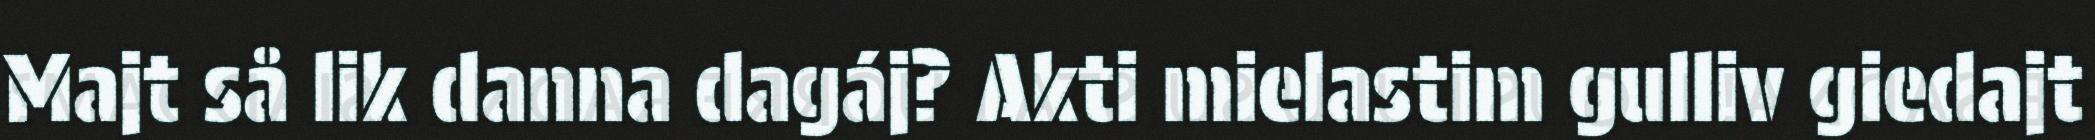
Majt så lik danna dagáj? Akti mielastim gulliv giedajt